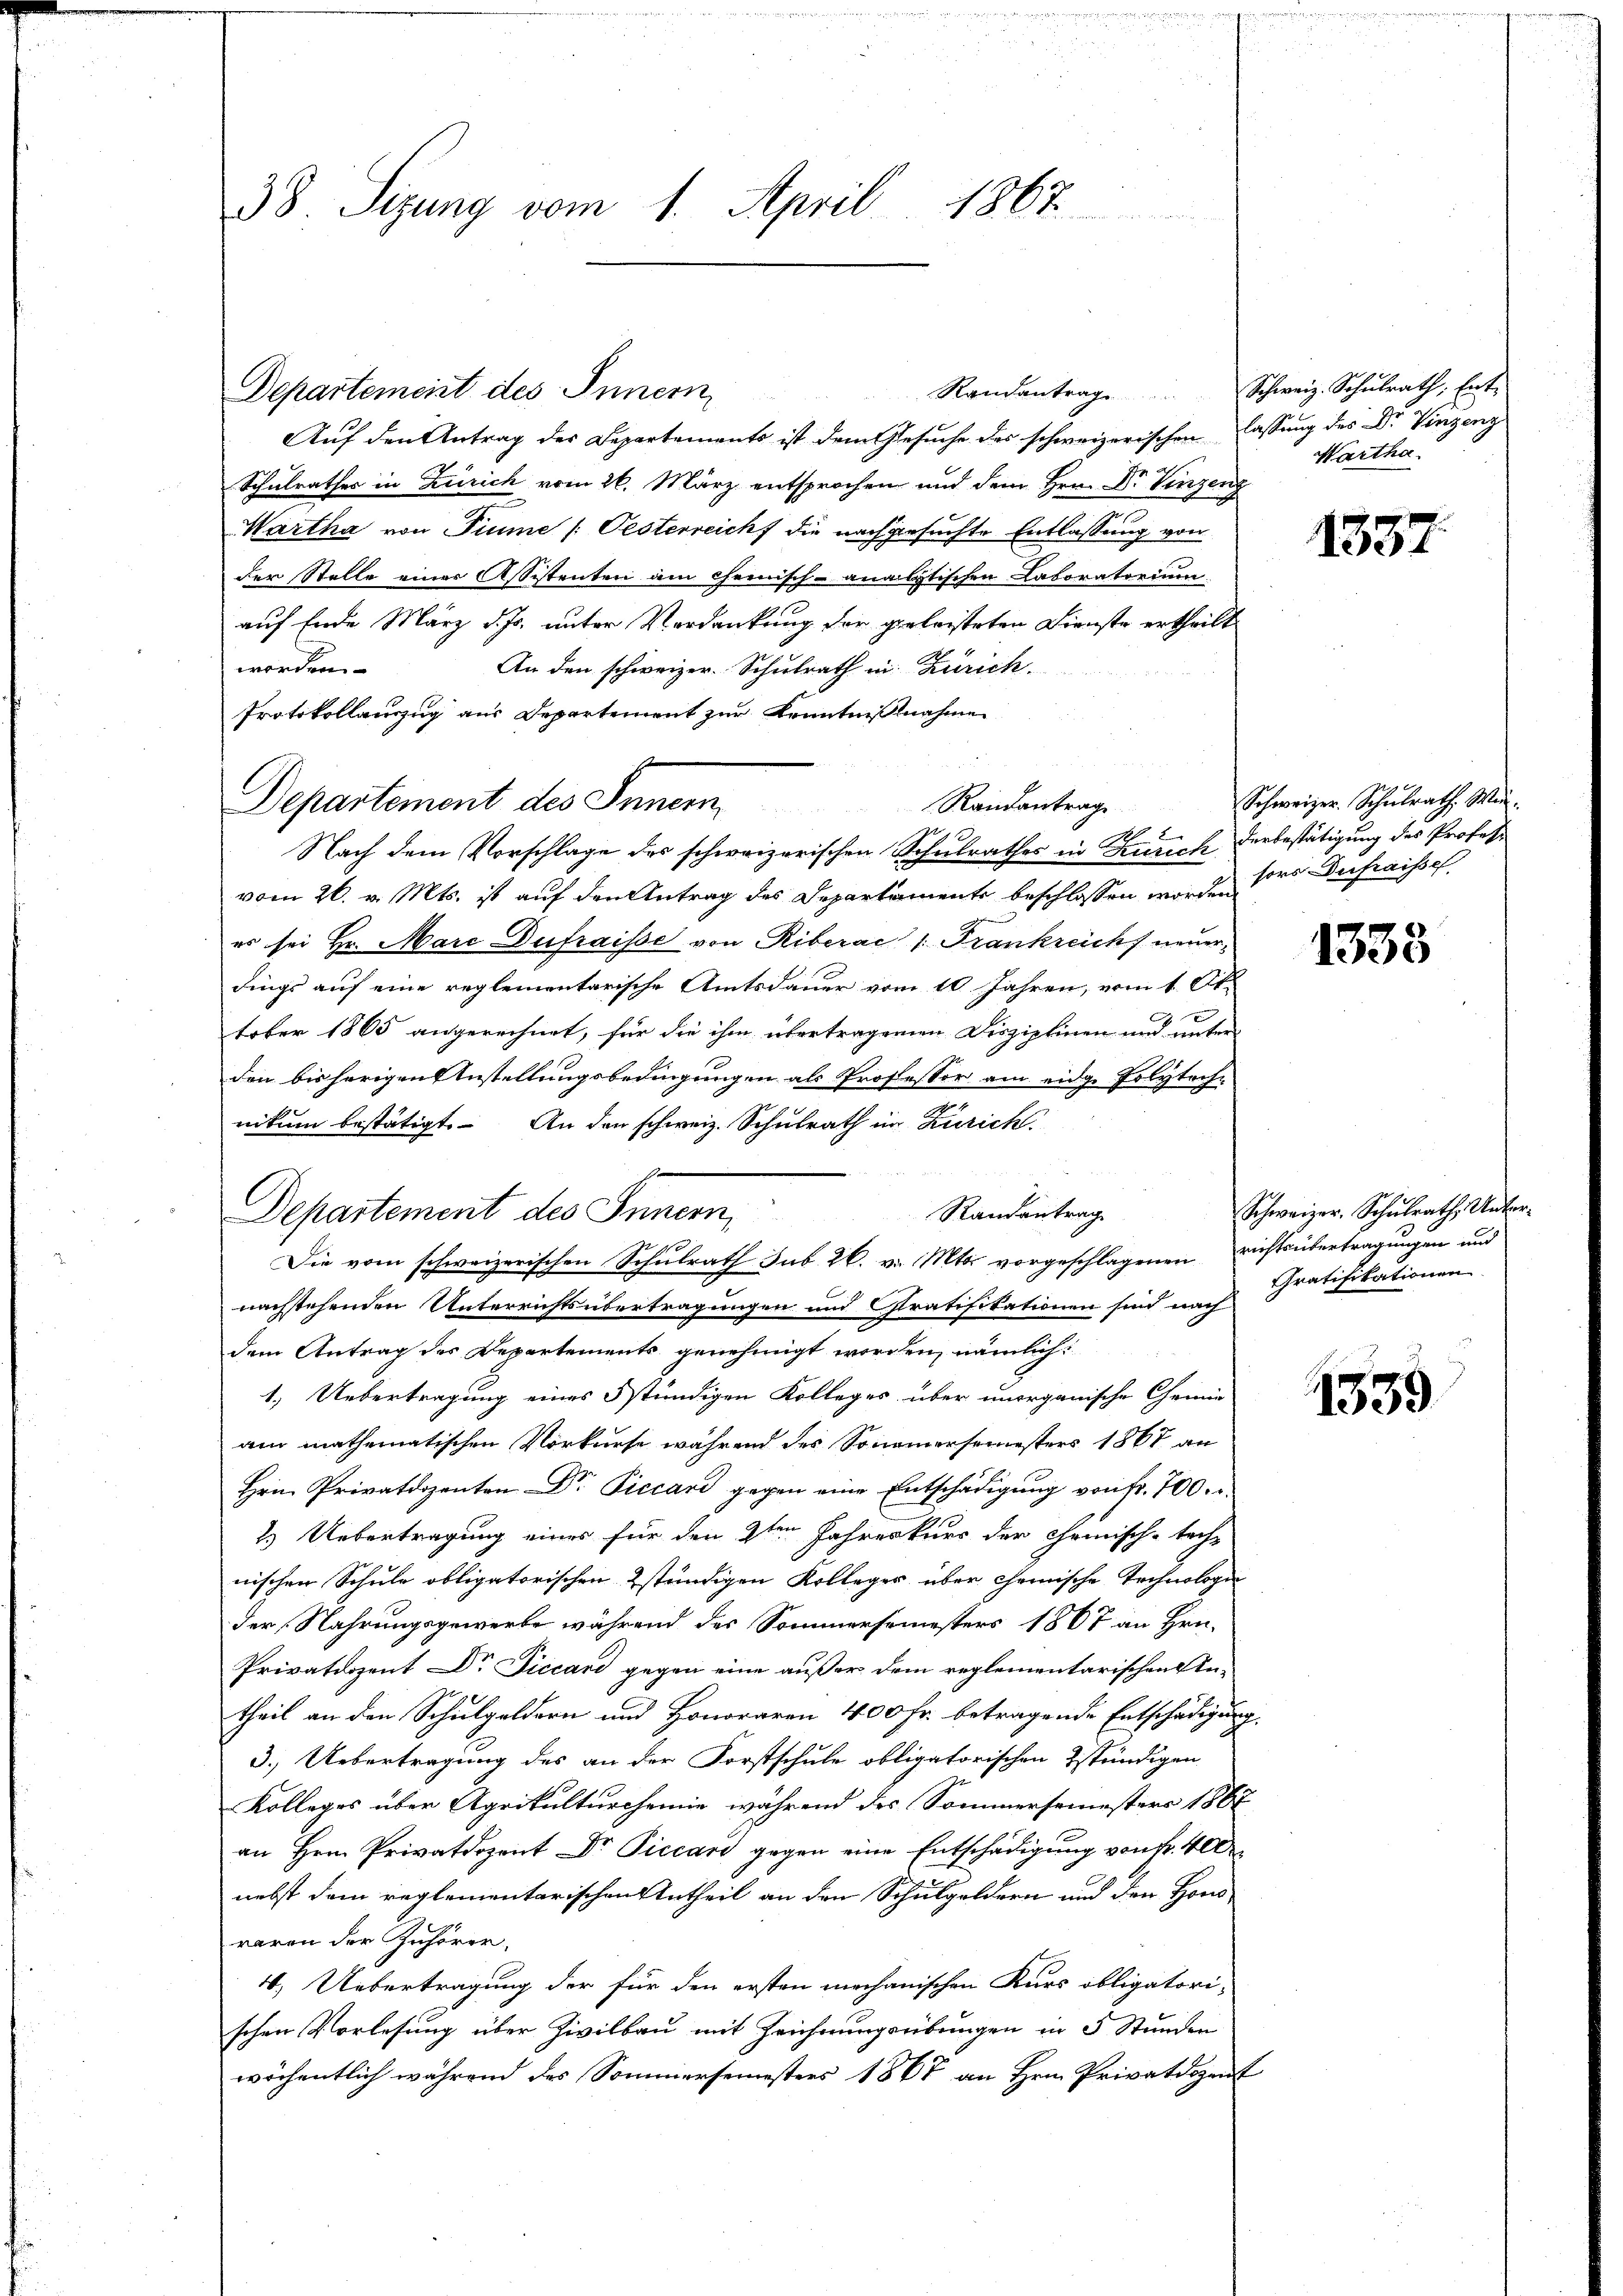
38. Sizung vom 1. April 1867

Departement des Innern,
Auf den Antrag des Departements ist dem Gesuche des schweizerischen lassung des Dr. Vinzenz
Schulrathes in Zürich vom 26. März entsprochen und dem Hrn. Dr. Vinzenz
Martha von Fiume / Pesterreich die nachgesuchte Entlassung von
der Stelle einer Assistenten am Chemisch-analytischen Laboratorium
auf Ende März d. Js. unter Verdankung der geleisteten Dienste ertheilt
worden.
An den schweizer. Schulrath in Zürich¬
Protokollanzzug aus Departement zur Kenntnisnahme
Schulrathes in Kurich derbestätigung des Professo
Nach dem Vorschlage des schweizerischen
vom 26. v. Mts. ist auf den Antrag des Departamente beschlossen worden,
es sei Hr. Marc Dufraisse von Riberac 1. Frankreich neuerdings auf eine reglementarische Amtsdauer vom 10 Jahren, vom 10t
tober 1865 angerechnet, für die ihm übertragenen Disziplinen und unter
den bisherigen Anstellungsbedingungen als Professor am eidge Polyteche
nikum bestätigt. An den schweiz. Schulrath in Zürich
Departement des Innern,
Randantrag
Die vom schweizerischen Schulrath sub. 26. v. Mts. vorgeschlagenen richtsübertragungen und
nachstehenden Unterrichtsübertragungen und Gratifikationen sind nach
dem Antrag des Departements genehmigt worden, nämlich:
1.) Uebertragung eines stündigen Kolleges über unorganische Chemie
am mathematischen Vorkurse während des Sonamersemesters 1867 an
Hrn. Privatdozenten Dr. Piccard gegen eine Entschädigung von Fr. 700.
2.) Uebertragung eines für den 2ten Jahreskurs der Chemisch-tech-
nischen Schule obligatorischen stündigen Kolleger über chemische Technologen
der Nahrungsgewerbe während des Sommersemesters 1867 an Hrn.
Privatdozent Dr Ficcand gegen eine außer dem reglementarischen Intheil an den Schulgeldern und Honoraren 400 Fr. betragende Entschädigung
3.) Uebertragung des an der Forstschule obligatorischen stündigen
Kolleges über Agrikulturcheine während der Sommersemesters 1867
an Hrn. Privatdozent Dr. Piccari gegen eine Entschädigung von Fr. 400
nebst dem reglementarischen Antheil an den Schulgeldern und den Hono
raren der Zuhörer,
4. Uebertragung der für den ersten mechanischen Kurs obligatori-
schen Vorlesung über Zivilbau mit Zeichnungsübungen in 5 Stunden
wöchentlich während des Sommersemesters 1867 an Hrn. Privatdozent

Departement des Innern Randantrage

1

Randantrag Schweiz. Schŭlrath Ent-
Martha.

1537

Schweizer. Schŭlrath Wi
sors Du fraisse

1333

Schweizer. Schŭlrath Unter-
Gratifikationen

1539